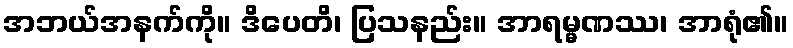
အဘယ်အနက်ကို။ ဒိပေတိ၊ ပြသနည်း။ အာရမ္မဏဿ၊ အာရုံ၏။